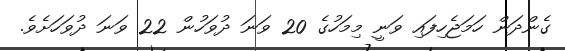
ގެންދަން ހަމަޖެހިފައި ވަނީ މިމަހުގެ 20 ވަނަ ދުވަހުން 22 ވަނަ ދުވަހަށެވެ.